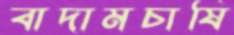
বাদামচাষি